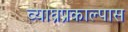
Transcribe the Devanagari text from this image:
व्याघ्रप्रकाल्पास